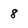
Character: 8